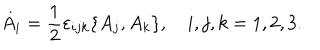
LaTeX: \dot { A } _ { i } = \frac { 1 } { 2 } \varepsilon _ { i j k } \{ A _ { j } , A _ { k } \} , \quad i , j , k = 1 , 2 , 3 .